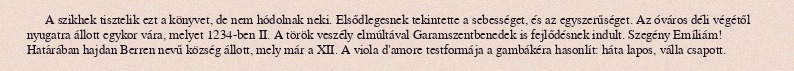
A szikhek tisztelik ezt a könyvet, de nem hódolnak neki. Elsődlegesnek tekintette a sebességet, és az egyszerűséget. Az óváros déli végétől nyugatra állott egykor vára, melyet 1234-ben II. A török veszély elmúltával Garamszentbenedek is fejlődésnek indult. Szegény Emíliám! Határában hajdan Berren nevű község állott, mely már a XII. A viola d'amore testformája a gambákéra hasonlít: háta lapos, válla csapott.